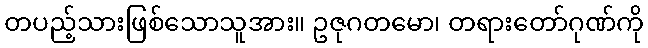
တပည့်သားဖြစ်သောသူအား။ ဥဇုဂတမော၊ တရားတော်ဂုဏ်ကို